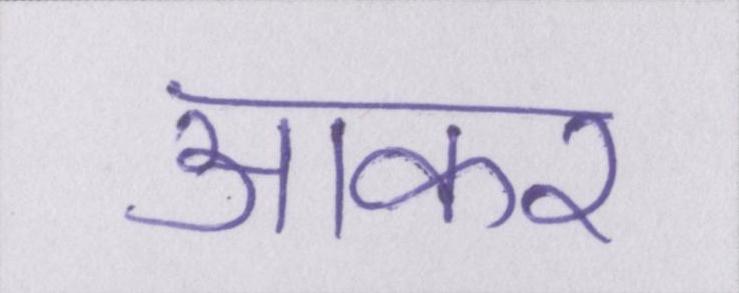
आकर